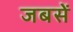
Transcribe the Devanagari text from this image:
जबसें